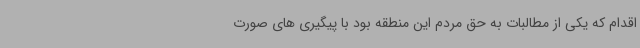
اقدام که یکی از مطالبات به حق مردم این منطقه بود با پیگیری های صورت